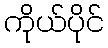
ကိုယ်ပိုင်